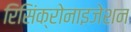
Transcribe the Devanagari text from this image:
रिसिंक्रोनाइजेशन